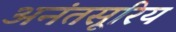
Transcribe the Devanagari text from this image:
अनंतसूरिय